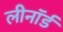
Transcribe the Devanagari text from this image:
लीनॉर्ड